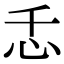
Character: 忎